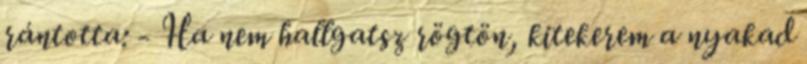
rántotta: - Ha nem hallgatsz rögtön, kitekerem a nyakad